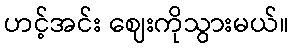
ဟင့်အင်း ဈေးကိုသွားမယ်။